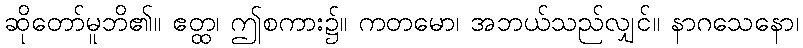
ဆိုတော်မူဘိ၏။ ဧတ္ထ၊ ဤစကား၌။ ကတမော၊ အဘယ်သည်လျှင်။ နာဂသေနော၊